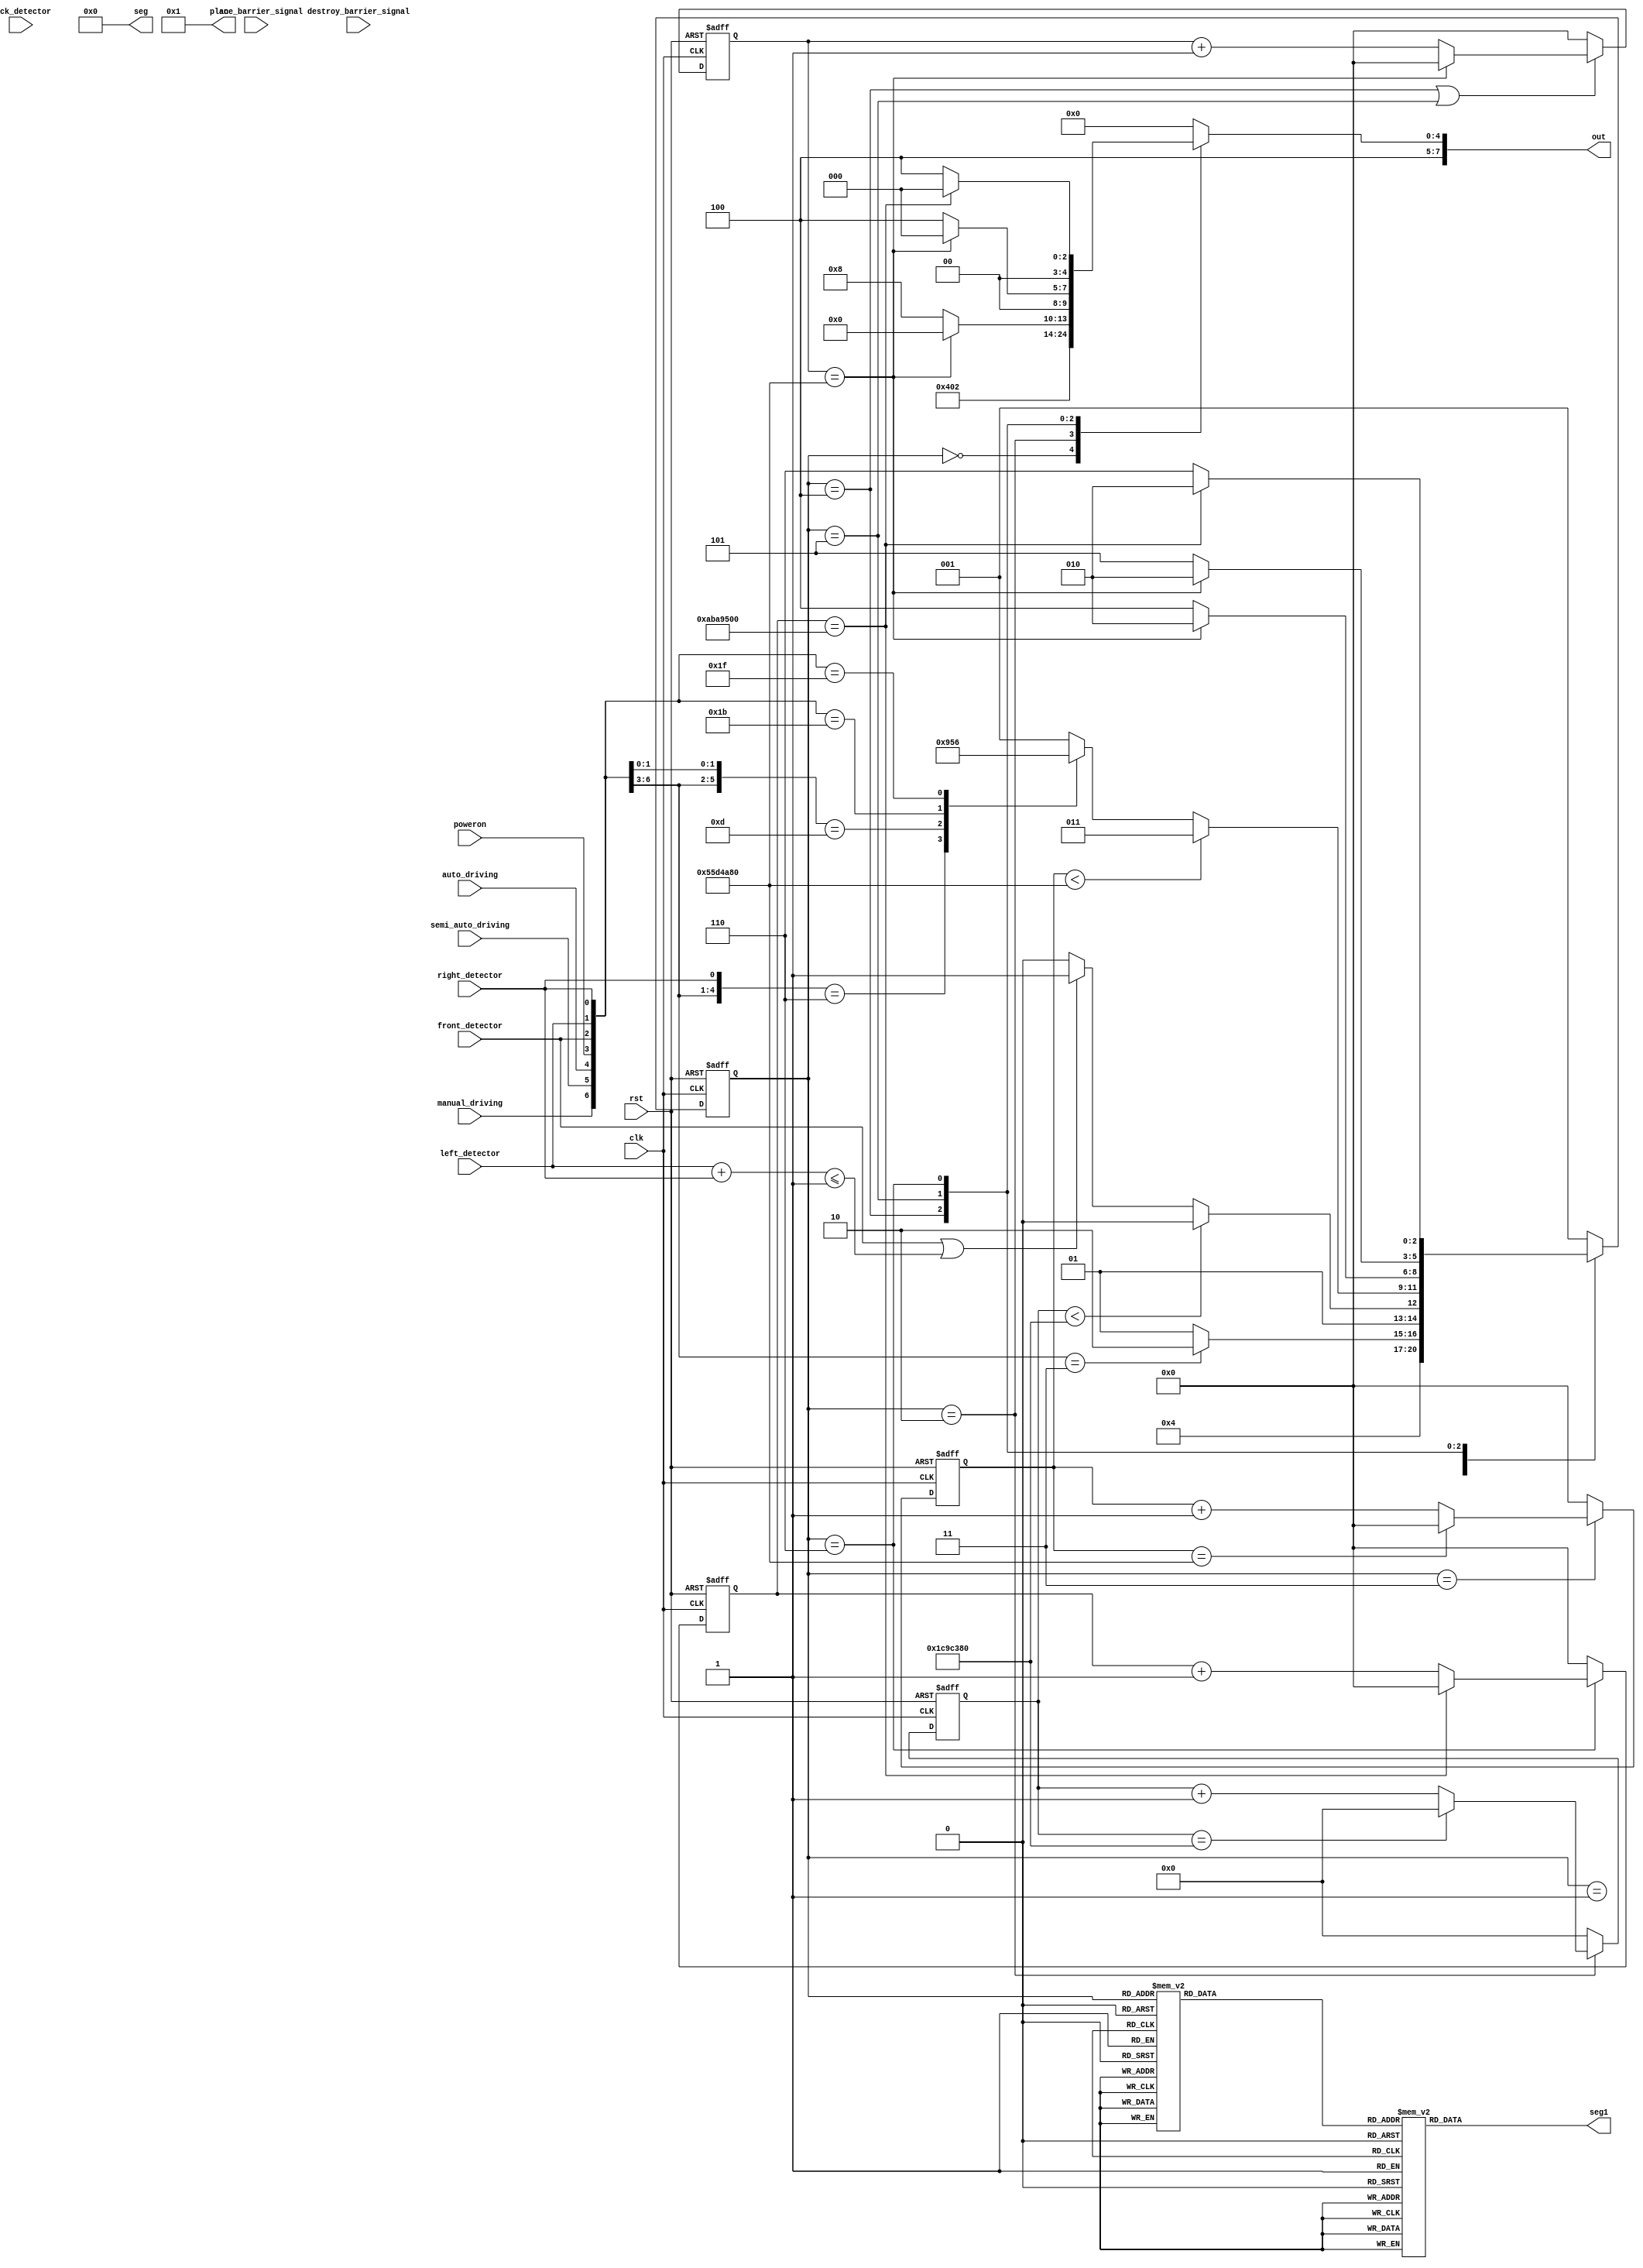
module Auto_Driving(
    input manual_driving,
    input semi_auto_driving,
    input auto_driving,
    input poweron,
    input place_barrier_signal,
    input destroy_barrier_signal,
    input front_detector,
    input back_detector,
    input left_detector,
    input right_detector,
    input rst,
    input clk,
    output reg[7:0] out,
    output[7:0] seg,
    output[7:0] seg1,
    output[7:0] an
    );
    wire[7:0] tmp;
    parameter S0 = 3'd0;
    parameter S1 = 3'd1;
    parameter S2 = 3'd2;
    parameter S3 = 3'd3;
    parameter S4 = 3'd4;
    parameter S5 = 3'd5;
    parameter S6 = 3'd6;
    parameter S7 = 3'd7;
    
    reg trig11,trig12,trig13,trig21,trig22,trig23,trig31,trig32,trig33,trig41,trig42,trig43;
    wire pos1,neg1,pos2,neg2,pos3,neg3,pos4,neg4;
    
    
    always @(posedge clk, negedge rst)
    if(!rst)
    {trig11,trig12,trig13} <= 3'b000;
    else begin
    trig11 <= front_detector;
    trig12 <= trig11;
    trig13 <= trig12;
    end
    assign pos1 = (~trig13) & trig12;
    assign neg1 = trig13 & (~trig12);
    always @(posedge clk, negedge rst)
    if(!rst)
    {trig21,trig22,trig23} <= 3'b000;
    else begin
    trig21 <= left_detector;
    trig22 <= trig21;
    trig23 <= trig22;
    end
    assign pos2 = (~trig23) & trig22;
    assign neg2 = trig23 & (~trig22);
    
    always @(posedge clk, negedge rst)
    if(!rst)
    {trig31,trig32,trig33} <= 3'b000;
    else begin
    trig31 <= right_detector;
    trig32 <= trig31;
    trig33 <= trig32;
    end
    assign pos3 = (~trig33) & trig32;
    assign neg3 = trig33 & (~trig32);
    
    always @(posedge clk, negedge rst)
    if(!rst)
    {trig41,trig42,trig43} <= 3'b000;
    else begin
    trig41 <= back_detector;
    trig42 <= trig41;
    trig43 <= trig42;
    end
    assign pos4 = (~trig43) & trig42;
    assign neg4 = trig43 & (~trig42);
  
        reg[2:0] current_state;
        reg[2:0] next_state;
        
        reg[29:0] cnt;
        parameter max_cnt = 30'd90000000;
        
        reg[29:0] count;
        parameter max_count = 30'd90000000;
        reg[29:0] count2;
        parameter max_count2 = 30'd180000000;
        
        reg[25:0] straightcount;
        parameter max_straightcount = 26'd30000000;
        
        reg turnleft;
        reg turnright;
        
        always @ (posedge clk or negedge rst) begin
            if(~rst) 
            begin
              current_state <= S1;
            end
            else 
              current_state <= next_state;
        end

    assign tmp = {manual_driving,semi_auto_driving,auto_driving,poweron,front_detector,back_detector,left_detector,right_detector};
   always @(neg1 or neg2 or neg3 or neg4) begin
            case (current_state)
                S0://ϰ
                    begin
                        next_state = S2;
                    end
                S1://ʼ״̬
                    begin
                        casex (tmp)
                            8'b0011xxxx: next_state = S2;
                            default: next_state = S1;
                        endcase
                    end
                S2://ֱ
                    begin
                    if (straightcount < max_straightcount) next_state = S2;
                    else
                    next_state = (front_detector == 1'b1 || left_detector + right_detector <= 2'b1) ? S3 : S2;
                    end
                S3://·
                   begin
                   if (cnt < max_cnt) next_state = S3;
                   else casex (tmp)
                        8'b0011xxx0: next_state = S4;
                        8'b0011xx01: next_state = S5;
                        8'b00110x11: next_state = S2;
                        8'b00111x11: next_state = S6;
                        default: next_state = S1;
                        endcase
                        end
                S4://ת
                   begin
                   next_state = (count == max_count) ? S2 : S4;
                   end
               S5://ת
                  begin
                  next_state = (count == max_count) ? S2 : S5;
                  end
              S6://180
                 begin
                 next_state = (count2 == max_count2) ? S2 : S6;
                 end
//             S7://תǰһϰ
//                 begin
//                 next_state = (straightcount < max_straightcount) ? S2 : S0;
//                 end
              default: next_state = S1;
              endcase
              end
        

         

       always @(posedge clk or negedge rst)
       begin
       if(rst==0) count<=0;
       else
        if(current_state == S4||current_state == S5)
            begin
                if(count==max_count)
                count <= 0;
                else count <= count+1'b1;
            end
         else count<=0;
        end
      
       always @(posedge clk or negedge rst)
        begin
        if(rst==0) count2<=0;
        else
         if(current_state == S6)
             begin
                 if(count2==max_count2)
                 count2 <= 0;
                 else count2 <= count2+1'b1;
             end
          else count2<=0;
         end
         
       always @(posedge clk or negedge rst)
          begin
          if(rst==0) cnt<=0;
          else
           if(current_state == S3)
               begin
                   if(cnt==max_cnt)
                   cnt <= 0;
                   else cnt <= cnt+1'b1;
               end
            else cnt<=0;
           end
        
        
        
       always @(posedge clk or negedge rst) 
       begin
         if (!rst) straightcount <= 0;
         else if (current_state == S2) straightcount <= (straightcount == max_straightcount) ? 0 : straightcount + 1'b1;
         else straightcount <= 0;
        end
       
         always @(*) begin
              case(current_state)
                  S0: out = 8'b10010000;
                  S1: out = 8'b10000000;
                  S2: out = 8'b10000001;
                  S3: out = 8'b10000000;
                  S4: out = (count == max_count) ? 8'b10000000 : 8'b10001000;
                  S5: out = (count == max_count) ? 8'b10000000 : 8'b10000100;
                  S6: out = (count2 == max_count2) ? 8'b10000000 : 8'b10000100;
//                  S7: out = 8'b10000001;
                  default: out = 8'b10000000;
              endcase
          end
          
          
          
             reg[7:0] seg = 0;
             reg[7:0] seg1 = 0;
             reg[7:0] an = 8'b00000001;
             reg[3:0] res;
             always @(current_state)
                 case (current_state)
                     S0: res = 4'd0;
                     S1: res = 4'd1;
                     S2: res = 4'd2;
                     S3: res = 4'd3;
                     S4: res = 4'd4;
                     S5: res = 4'd5;
                     S6: res = 4'd6;
                     S7: res = 4'd7;
                 endcase
             always @(res)
                 case (res)
                     4'h0 : seg1 = 8'hfc;
                     4'h1 : seg1 = 8'h60;
                     4'h2 : seg1 = 8'hda;
                     4'h3 : seg1 = 8'hf2;
                     4'h4 : seg1 = 8'h66;
                     4'h5 : seg1 = 8'hb6;
                     4'h6 : seg1 = 8'hbe;
                     4'h7 : seg1 = 8'he0;
                     4'h8 : seg1 = 8'hfe;
                     4'h9 : seg1 = 8'hf6;
                     4'ha : seg1 = 8'hee;
                     4'hb : seg1 = 8'h3e;
                     4'hc : seg1 = 8'h9c;
                     4'hd : seg1 = 8'h7a;
                     4'he : seg1 = 8'h9e;
                     4'hf : seg1 = 8'h8e;
                 endcase
          
          
          
          
          
          
endmodule